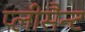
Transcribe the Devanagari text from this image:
प्लीसैन्ट